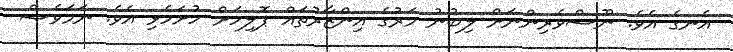
އެނގެ އެވެ. ނޫސްވެރިންނަށް ލިބުނު މަރުގެ އިންޒާރުތައް ޕޮލިހަށް ހުށަހެޅި އެވެ. ނަމަވެސް